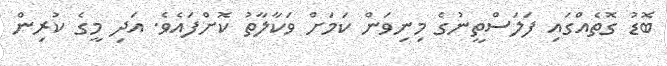
ބޮޑު ގޮތެއްގައި ފަލަސްތީނުގެ މިނިވަން ކަމަށް ވަކާލާތު ކޮށްފައެވެ. އަދި މީގެ ކުރިން